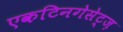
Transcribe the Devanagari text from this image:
एकटिनगेसेट्ज़